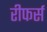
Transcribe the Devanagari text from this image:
रीफर्स